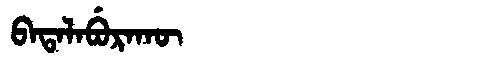
Manchu: ᠪᠠᡨᠠᠯᠠᠪᡠᡵᠠᡴᡡ
Romanization: BATALABURAKŪ